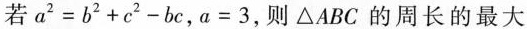
若$$a^{2}=b^{2}+c^{2}-bc$$，$$a=3$$，则\triangle ABC的周长的最大